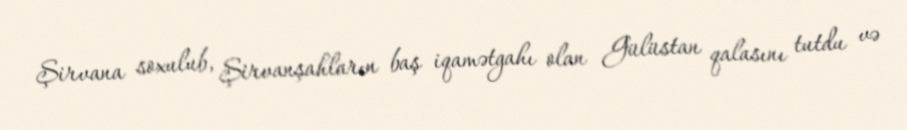
Şirvana soxulub, Şirvanşahların baş iqamətgahı olan Gülüstan qalasını tutdu və